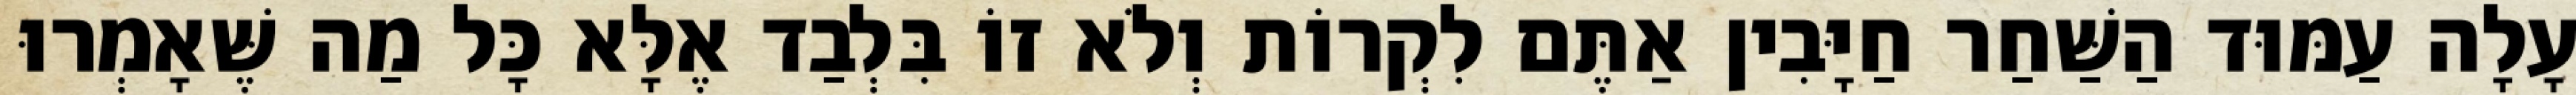
עָלָה עַמּוּד הַשַּׁחַר חַיָּבִין אַתֶּם לִקְרוֹת וְלֹא זוֹ בִּלְבַד אֶלָּא כָּל מַה שֶּׁאָמְרוּ